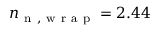
n _ { \mathrm { ~ n ~ , ~ w ~ r ~ a ~ p ~ } } = 2 . 4 4